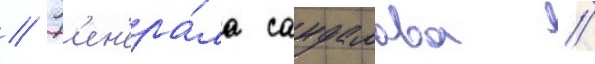
// Г'ен'ера́ла сандалова //